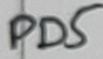
Text: PD5